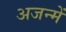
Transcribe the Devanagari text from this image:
अजन्में